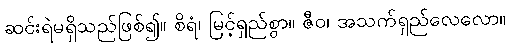
ဆင်းရဲမရှိသည်ဖြစ်၍။ စိရံ၊ မြင့်ရှည်စွာ။ ဇီဝ၊ အသက်ရှည်လေလော။